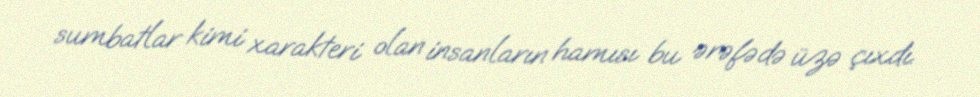
sumbatlar kimi xarakteri olan insanların hamısı bu ərəfədə üzə çıxdı.